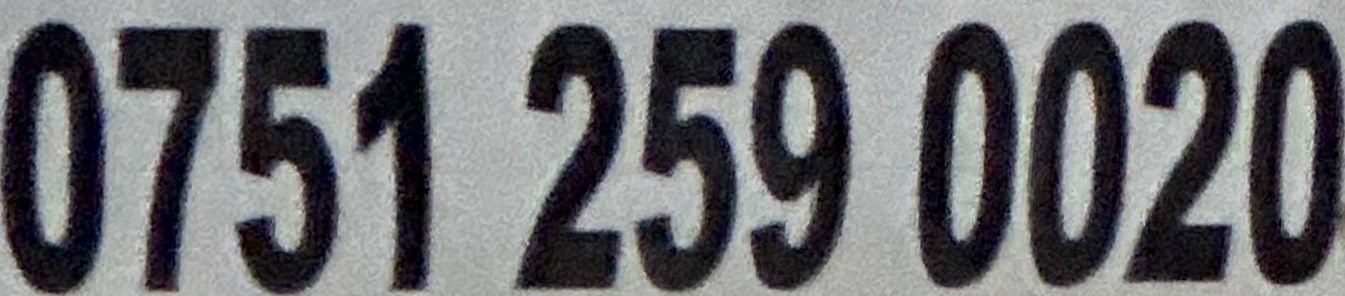
0751 259 0020